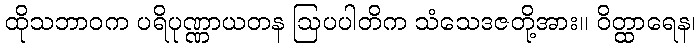
ထိုသဘာဝက ပရိပုဏ္ဏာယတန ဩပပါတိက သံသေဒဇတို့အား။ ဝိတ္ထာရေန၊